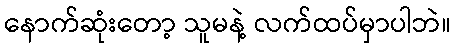
နောက်ဆုံးတော့ သူမနဲ့ လက်ထပ်မှာပါဘဲ။